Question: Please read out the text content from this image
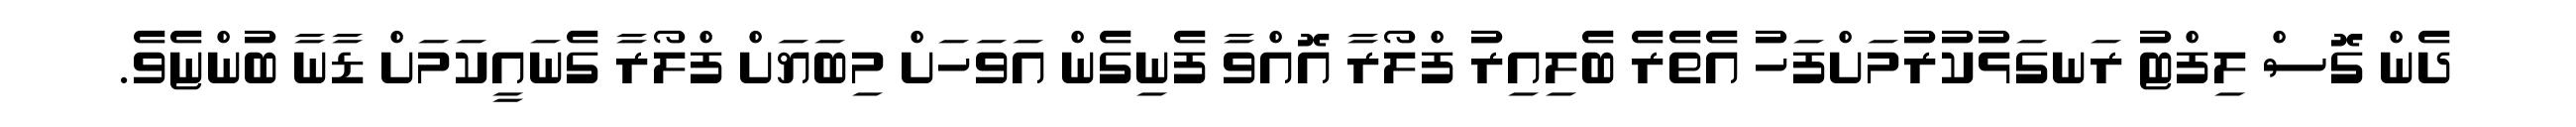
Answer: ދެން ގޮސް ލިފްޓު ރަނގަޅުކުރުމަށްފަހު އެތެރެ ބެލިއިރު ފްލޯރާ އޮއްވާ ފެނިގެން އަވަހަށް މިބަޔަށް ފްލޯރާ ގެނައީކަމަށް ޑާނާ ބުންޏެވެ.